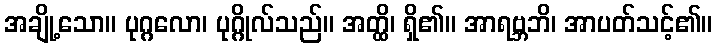
အချို့သော။ ပုဂ္ဂလော၊ ပုဂ္ဂိုလ်သည်။ အတ္ထိ၊ ရှိ၏။ အာရဗ္ဘဘိ၊ အာပတ်သင့်၏။